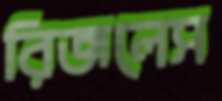
রিজলেস